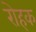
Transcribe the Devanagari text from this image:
रोहक